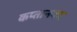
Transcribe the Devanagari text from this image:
कप्तानपद